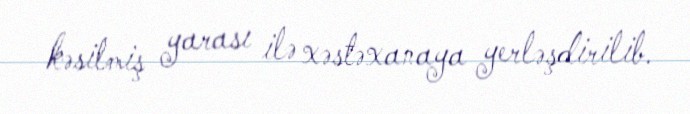
kəsilmiş yarası ilə xəstəxanaya yerləşdirilib.